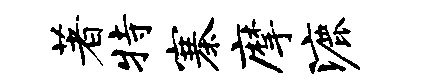
著特寨摩漉